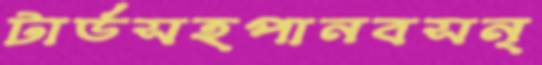
টার্ডসহপানবসন্